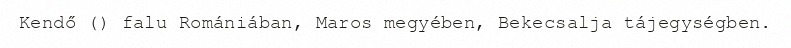
Kendő () falu Romániában, Maros megyében, Bekecsalja tájegységben.